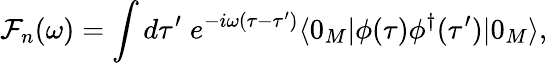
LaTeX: {\cal F}_{n}(\omega)=\int d\tau^{\prime}\; e^{-i\omega(\tau-\tau^{\prime})}\langle 0_{M}|\phi(\tau)\phi^{\dagger}(\tau^{\prime})|0_{M}\rangle,